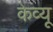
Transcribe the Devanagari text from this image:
केव्यू